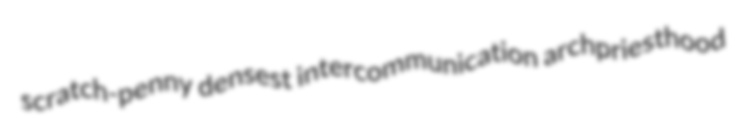
scratch-penny densest intercommunication archpriesthood